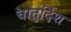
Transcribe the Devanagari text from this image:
चातुर्दिश